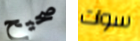
صحيح سوات